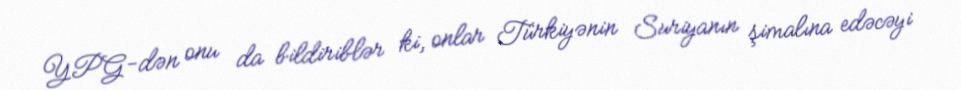
YPG-dən onu da bildiriblər ki, onlar Türkiyənin Suriyanın şimalına edəcəyi